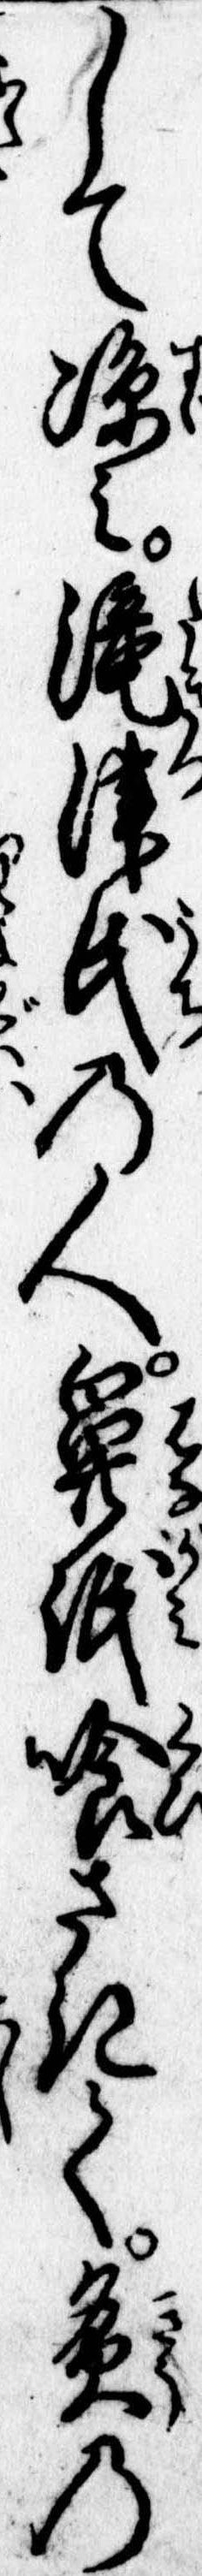
して涼み滝津氏の人鼻紙喰さきて灸の